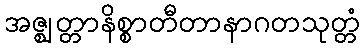
အဇ္ဈတ္တာနိစ္စာတီတာနာဂတသုတ္တံ